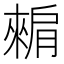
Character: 𬛕